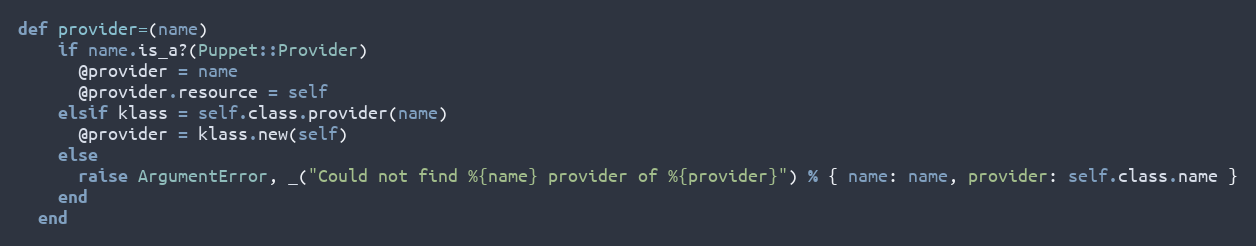
Language: Ruby
def provider=(name)
    if name.is_a?(Puppet::Provider)
      @provider = name
      @provider.resource = self
    elsif klass = self.class.provider(name)
      @provider = klass.new(self)
    else
      raise ArgumentError, _("Could not find %{name} provider of %{provider}") % { name: name, provider: self.class.name }
    end
  end